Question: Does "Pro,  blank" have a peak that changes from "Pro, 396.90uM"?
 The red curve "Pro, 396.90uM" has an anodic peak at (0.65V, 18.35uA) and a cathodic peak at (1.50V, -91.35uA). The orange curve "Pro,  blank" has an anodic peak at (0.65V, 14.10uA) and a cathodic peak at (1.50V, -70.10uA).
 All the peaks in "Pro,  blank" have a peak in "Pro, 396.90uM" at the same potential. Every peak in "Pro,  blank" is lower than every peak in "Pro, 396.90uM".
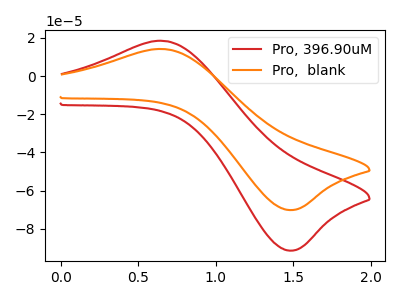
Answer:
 <answer>No, "Pro,  blank" and "Pro, 396.90uM" don't appear to be significantly different in shape</answer>
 <eval>no_change</eval>